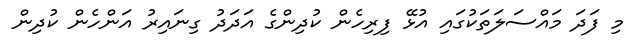
މި ފަދަ މައްސަލަތަކުގައި އުޅޭ ފިރިހެން ކުދިންގެ އަދަދު ގިނައިރު އަންހެން ކުދިން